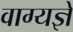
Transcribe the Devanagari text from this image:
वाग्यज्ञे